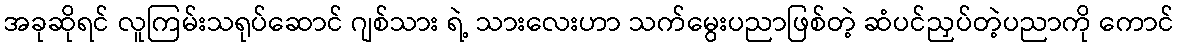
အခုဆိုရင် လူကြမ်းသရုပ်ဆောင် ဂျစ်သား ရဲ့ သားလေးဟာ သက်မွေးပညာဖြစ်တဲ့ ဆံပင်ညှပ်တဲ့ပညာကို ကောင်